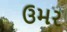
ઉમર